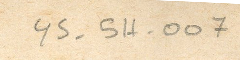
YS-5H -007